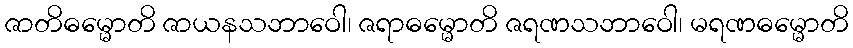
ဇာတိဓမ္မောတိ ဇာယနသဘာဝေါ၊ ဇရာဓမ္မောတိ ဇရဏသဘာဝေါ၊ မရဏဓမ္မောတိ